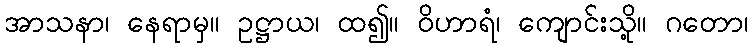
အာသနာ၊ နေရာမှ။ ဥဋ္ဌာယ၊ ထ၍။ ဝိဟာရံ၊ ကျောင်းသို့။ ဂတော၊